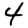
Digit: 4